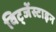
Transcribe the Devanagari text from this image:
विट्जेंस्टाइन